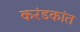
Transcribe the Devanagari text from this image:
करंडकांत